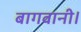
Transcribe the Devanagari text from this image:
बागवानी।